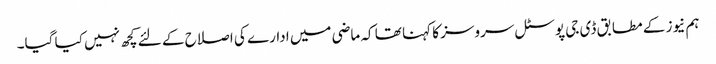
ہم نیوز کے مطابق ڈی جی پوسٹل سروسز کا کہنا تھا کہ ماضی میں ادارے کی اصلاح کے لئے کچھ نہیں کیا گیا۔